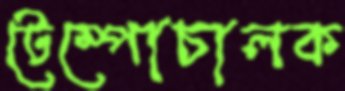
টেম্পোচালক